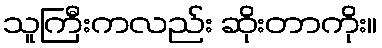
သူကြီးကလည်း ဆိုးတာကိုး။